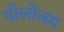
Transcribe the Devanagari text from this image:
पोलोलम